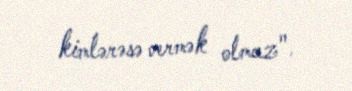
kimlərəsə vermək olmaz".